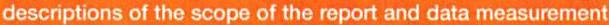
descriptions of the scope of the report and data measurement